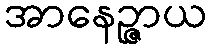
အာနေဉ္ဇာယ